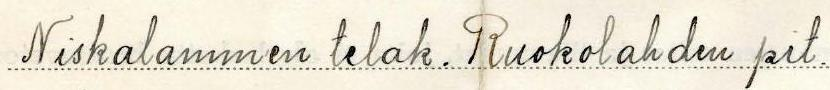
Niskalammen telak. Ruokolahden pit.